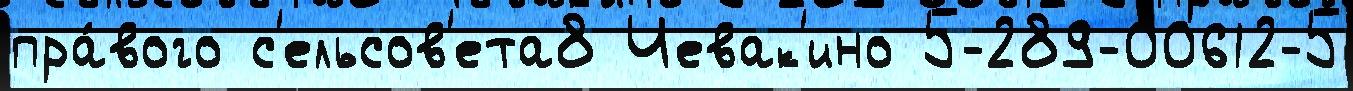
пра́вого с'ельсов'ета8 Чевак'ино 5-289-00612-5